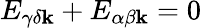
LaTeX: E_{\gamma\delta\mathbf{k}}+E_{\alpha\beta\mathbf{k}}=0